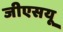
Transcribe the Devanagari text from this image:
जीएसयू